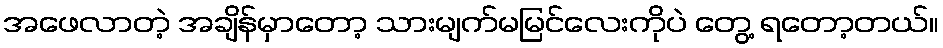
အဖေလာတဲ့ အချိန်မှာတော့ သားမျက်မမြင်လေးကိုပဲ တွေ့ ရတော့တယ်။